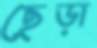
ছেড়া